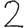
Digit: 2